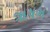
ૠષભ